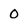
Character: 0